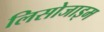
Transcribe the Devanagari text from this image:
लिसोजाइम